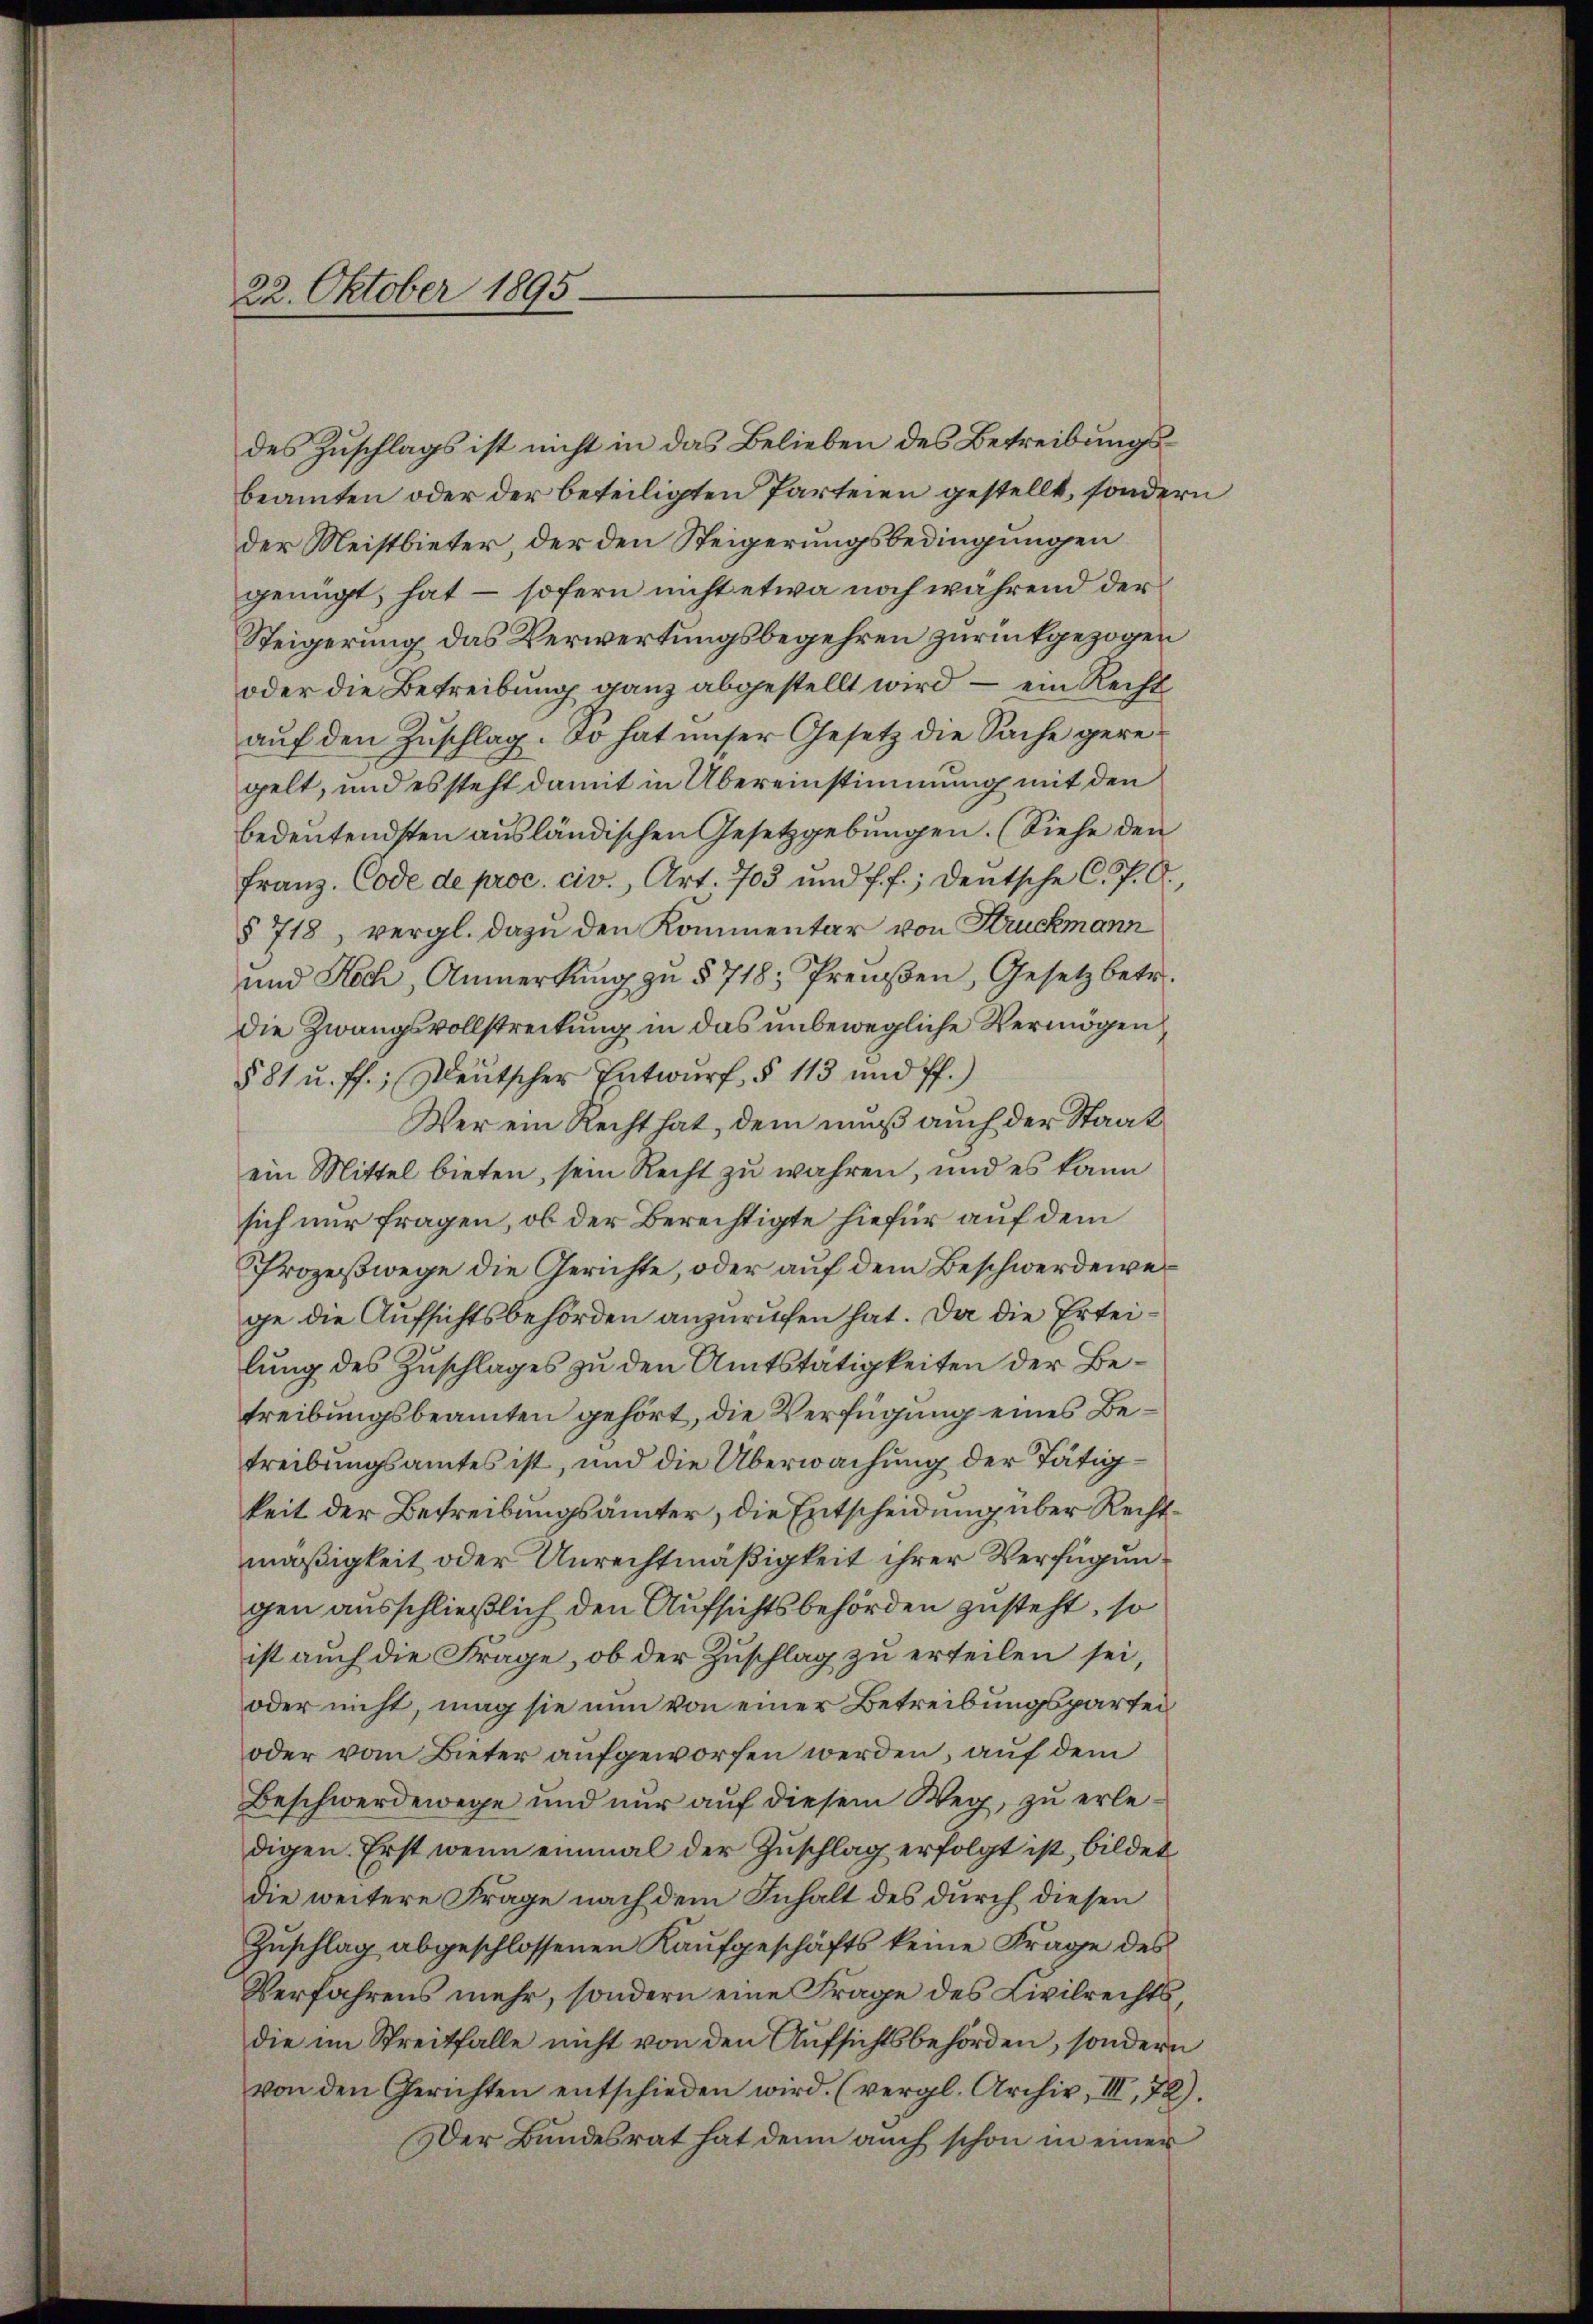
22. Oktober 1895

des Zuschlags ist nicht in das Belieben des Betreibungsbeamten oder der beteiligten Parteien gestellt, sondern
der Meistbieter, der den Steigerungsbedingungen
genügt, hat – sofern nicht etwa noch während der
Steigerung das Verwertungsbegehren zurückgezogen
oder die Betreibung ganz abgestellt wird, – ein Recht
aŭf den Zŭschlag. So hat unser Gesetz die Sache geregelt, und es steht damit in Übereinstimmung mit den
bedeutendsten ausländischen Gesetzgebungen. (Siehe den
Franz. Code de proc. civ., Art. 703 und ff.; Deutsche C. P. O.,
§ 718, vergl. dazu den Kommentar von Kruckmann
und Koch, Anmerkŭng zŭ § 718; Preŭβen, Gesetz betr.
dDie Zwangsvollstreckung in das unbewegliche Vermögen
§ 81 u. ff.; Deutscher Entwurf § 113 und ff.)
Wer ein Recht hat, dem muß auch der Staat
ein Mittel bieten, sein Recht zu wahren, und es kann
sich nur fragen, ob der Berechtigte hiefür auf dem
Prozeßwege die Gerichte, oder auf dem Beschwerdener
ge die Aufsichtsbehörden anzurufen hat. Da die Erteilung des Zuschlages zu den Amtstätigkeiten der Betreibungsbeamten gehört, die Verfügung eines Betreibungsamtes ist, und die Überwachung der Tätigkeit der Betreibungsämter, die Entscheidung über Rechtmäßigkeit oder Unrechtmäßigkeit ihrer Verfügungen ausschließlich den Aufsichtsbehörden zusteht, so
ist auch die Frage, ob der Zuschlag zu erteilen sei,
oder nicht, mag sie nun von einer Betreibungspartei
oder vom Bieter aufgeworfen werden, auf dem
Beschwerdewege und nur auf diesem Weg, zu erledigen. Erst wenn einmal der Zuschlag erfolgt ist, bildet
die weitere Frage nach dem Inhalt des durch diesen
Zuschlag abgeschlossenen Kaufgeschäfts keine Frage des
Verfahrens mehr, sondern eine Frage des Civilrechts,
die im Streitfalle nicht von den Aufsichtsbehörden, sondern
von den Gerichten entschieden wird. (vergl. Archiv, III 72).
Der Bundesrat hat denn auch schon in einer